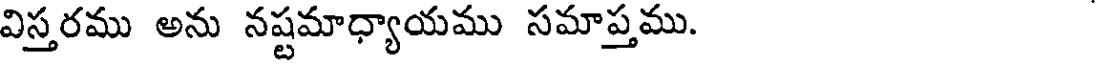
విస్తరము అను నష్టమాధ్యాయము సమాప్తము.